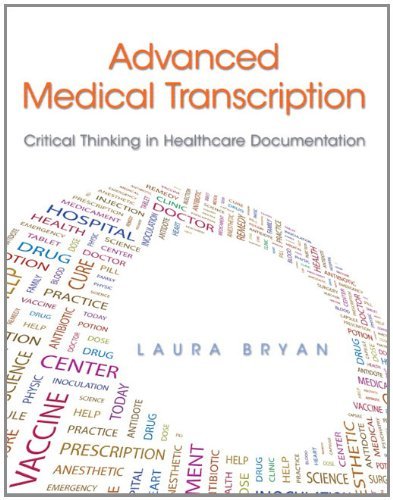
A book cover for Advanced Medical Transcription: Critical Thinking in Healthcare Documentation [Paperback] [2012] (Author) Laura Bryan; Medical Books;